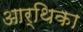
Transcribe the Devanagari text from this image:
आर्थिका